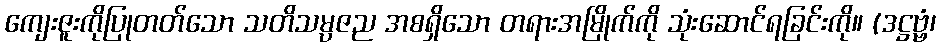
ကျေးဇူးကိုပြုတတ်သော သတိသမ္ပဇည အစရှိသော တရားအမြိုက်ကို သုံးဆောင်ရခြင်းကို။ (ဒဋ္ဌဗ္ဗံ၊